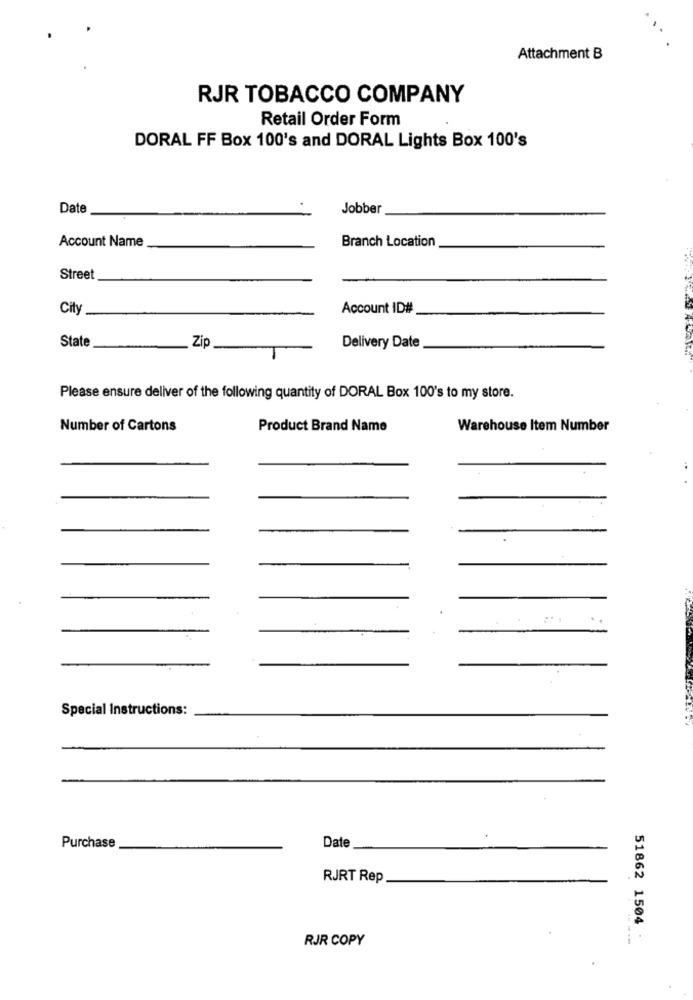
Attachment B
RJR TOBACCO COMPANY
Retail Order Form
DORAL FF Box 100's and DORAL Lights Box 100's
Date
Jobber
Account Name
Branch Location
Street
City
Account ID#
State
Zip
Delivery Date
Please ensure deliver of the following quantity of DORAL Box 100's to my store.
Number of Cartons
Product Brand Name
Warehouse Item Number
Special Instructions:
Purchase
Date
RJRT Rep
51862 1504
RJR COPY